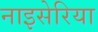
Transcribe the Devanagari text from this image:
नाइसेरिया